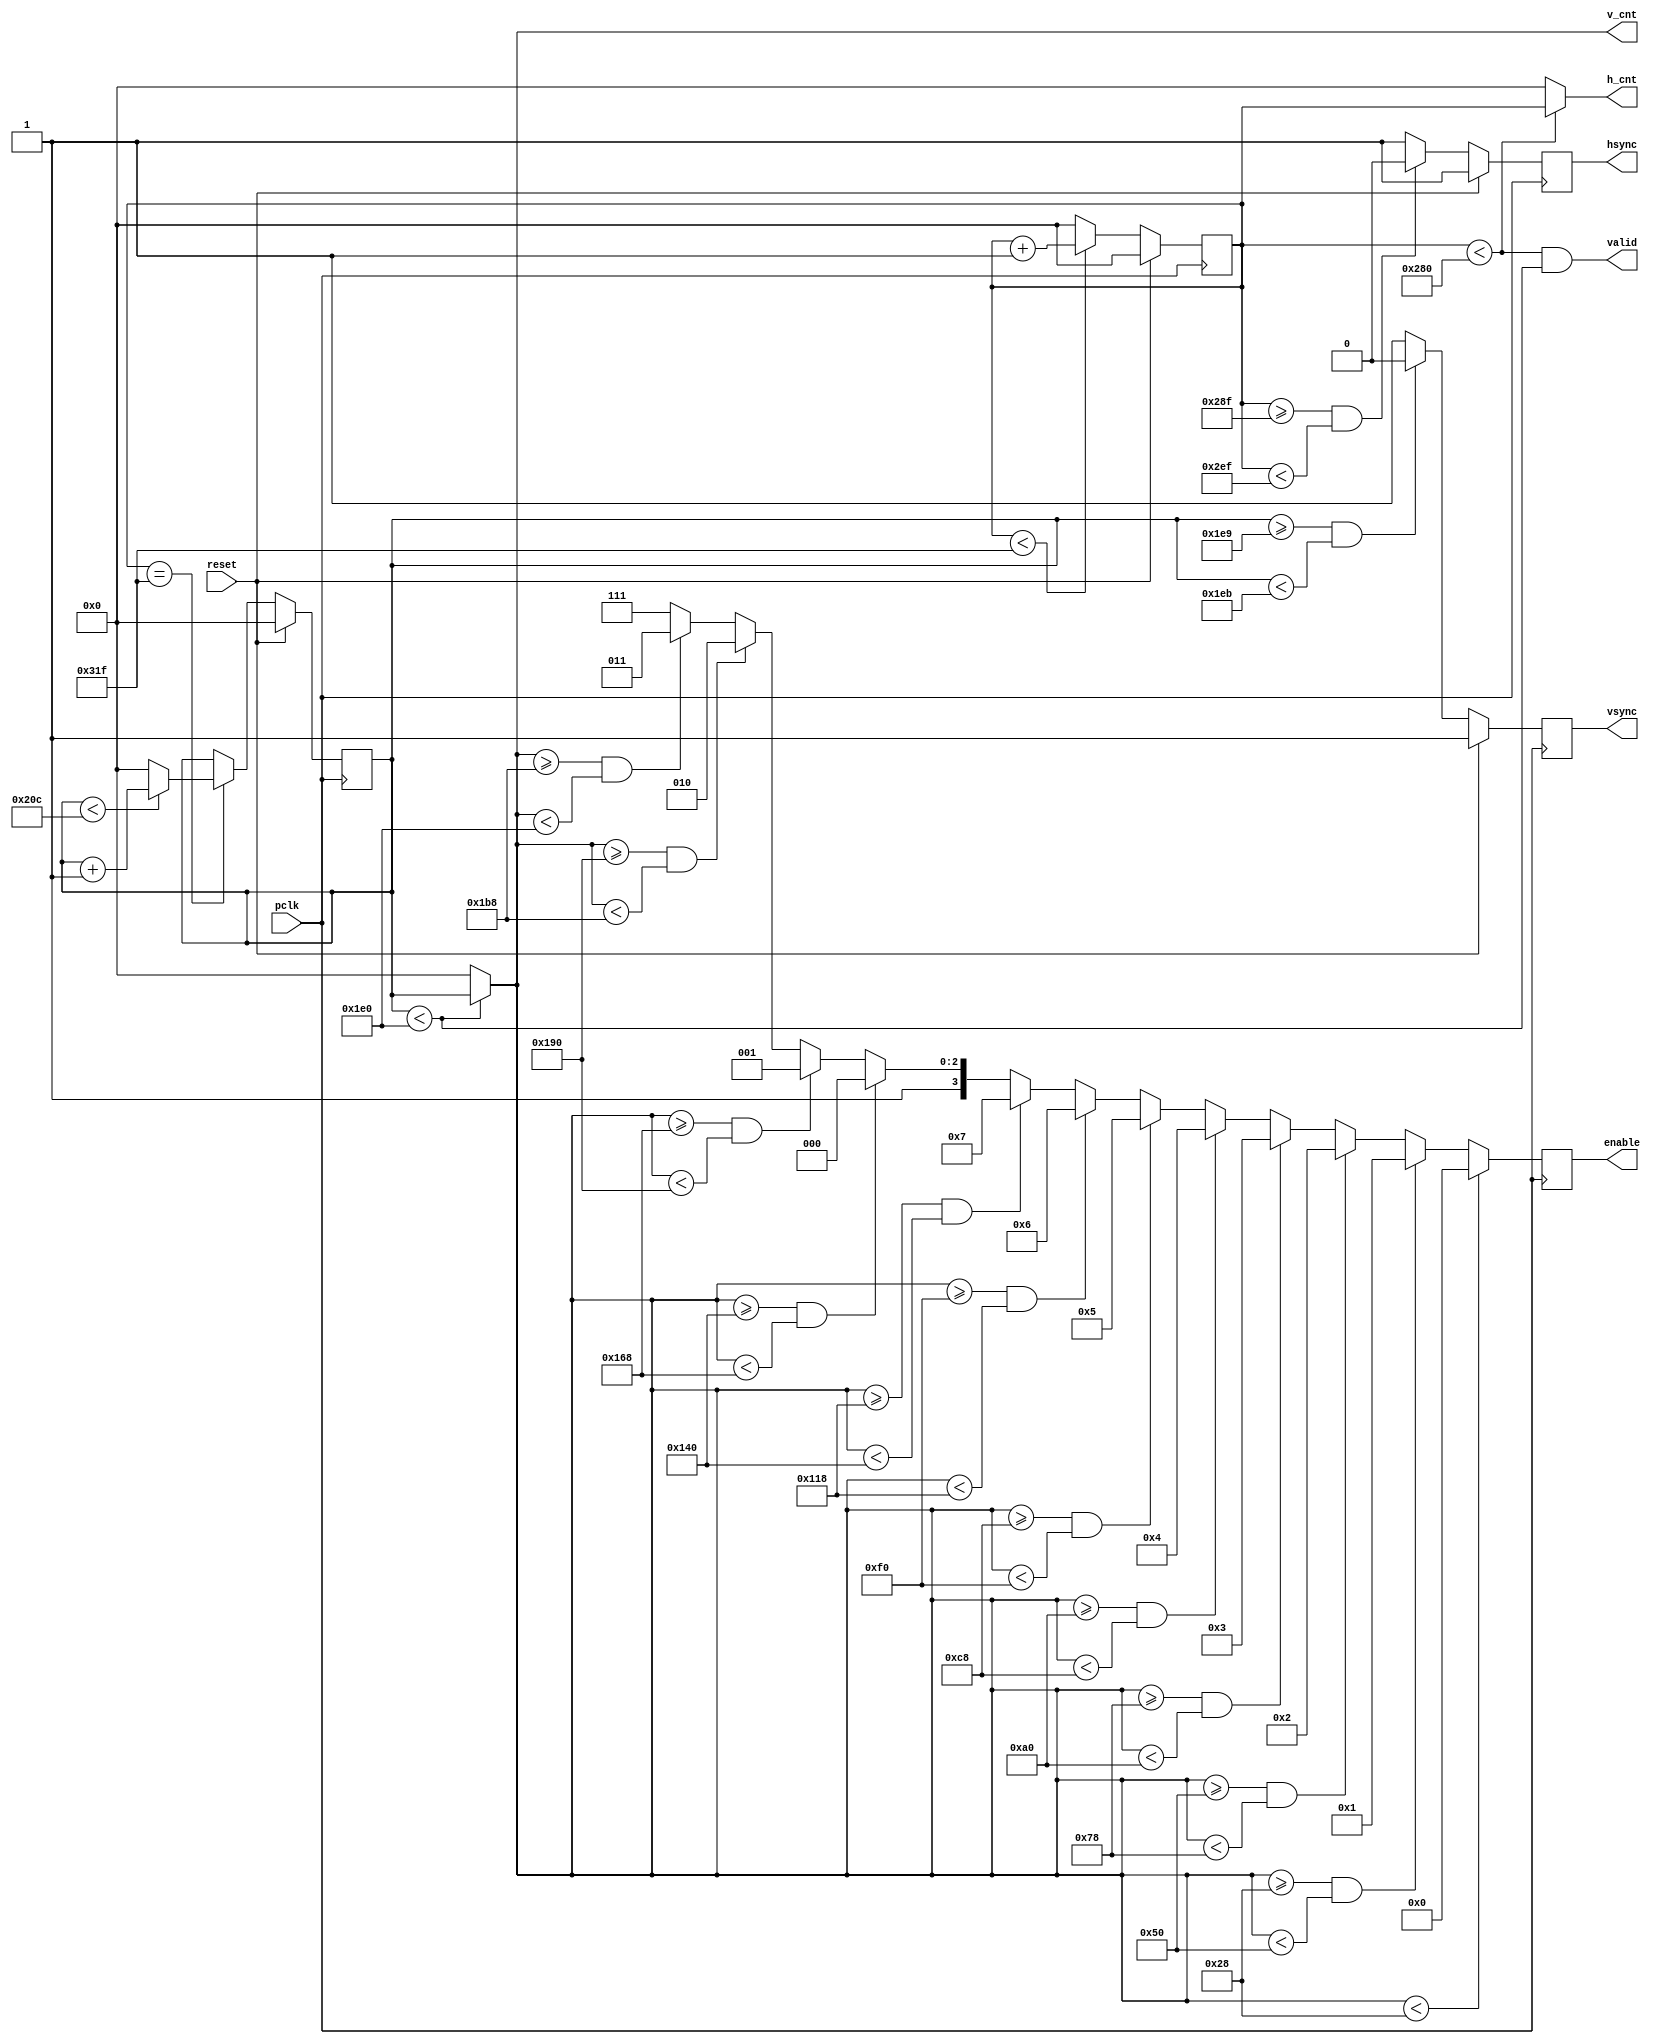
`timescale 1ns / 1ps
/////////////////////////////////////////////////////////////////
// Module Name: vga
/////////////////////////////////////////////////////////////////

module vga_controller 
  (
    input wire pclk,reset,
    output wire hsync,vsync,valid,
    output wire [9:0]h_cnt,
    output wire [9:0]v_cnt,
    output reg [4-1 : 0] enable
    );
    
    reg [9:0]pixel_cnt;
    reg [9:0]line_cnt;
    reg hsync_i,vsync_i;
    wire hsync_default, vsync_default;
    wire [9:0] HD, HF, HS, HB, HT, VD, VF, VS, VB, VT;

   
    assign HD = 640;
    assign HF = 16;
    assign HS = 96;
    assign HB = 48;
    assign HT = 800; 
    assign VD = 480;
    assign VF = 10;
    assign VS = 2;
    assign VB = 33;
    assign VT = 525;
    assign hsync_default = 1'b1;
    assign vsync_default = 1'b1;
     
    always@(posedge pclk)
        if(reset)
            pixel_cnt <= 0;
        else if(pixel_cnt < (HT - 1))
                pixel_cnt <= pixel_cnt + 1;
             else
                pixel_cnt <= 0;

    always@(posedge pclk)
        if(reset)
            hsync_i <= hsync_default;
        else if((pixel_cnt >= (HD + HF - 1))&&(pixel_cnt < (HD + HF + HS - 1)))
                hsync_i <= ~hsync_default;
            else
                hsync_i <= hsync_default; 
    
    always@(posedge pclk)
        if(reset)
            line_cnt <= 0;
        else if(pixel_cnt == (HT -1))
                if(line_cnt < (VT - 1))
                    line_cnt <= line_cnt + 1;
                else
                    line_cnt <= 0;
                    
    always@(posedge pclk)
        if(reset)
            vsync_i <= vsync_default; 
        else if((line_cnt >= (VD + VF - 1))&&(line_cnt < (VD + VF + VS - 1)))
            vsync_i <= ~vsync_default; 
        else
            vsync_i <= vsync_default; 
    
    always@(posedge pclk)begin
        if(v_cnt < 40)
            enable = 0;
        else if(v_cnt >= 40 && v_cnt < 80)
            enable = 1;
        else if(v_cnt >= 80 && v_cnt < 120)
            enable = 2;
        else if(v_cnt >= 120 && v_cnt < 160)
                enable = 3;
        else if(v_cnt >= 160 && v_cnt < 200)
                enable = 4;
        else if(v_cnt >= 200 && v_cnt < 240)
                enable = 5;
        else if(v_cnt >= 240 && v_cnt < 280)
                enable = 6;
        else if(v_cnt >= 280 && v_cnt < 320)
                enable = 7;
        else if(v_cnt >= 320 && v_cnt < 360)
                enable = 8;
        else if(v_cnt >= 360 && v_cnt < 400)
                enable = 9; 
         else if(v_cnt >= 400 && v_cnt < 440)
                enable = 10;       
        else if(v_cnt >= 440 && v_cnt < 480)
                enable = 11; 
        else
            enable = 15;                  
    end
                    
    assign hsync = hsync_i;
    assign vsync = vsync_i;
    assign valid = ((pixel_cnt < HD) && (line_cnt < VD));
    
    assign h_cnt = (pixel_cnt < HD) ? pixel_cnt:10'd0;
    assign v_cnt = (line_cnt < VD) ? line_cnt:10'd0;
           
endmodule